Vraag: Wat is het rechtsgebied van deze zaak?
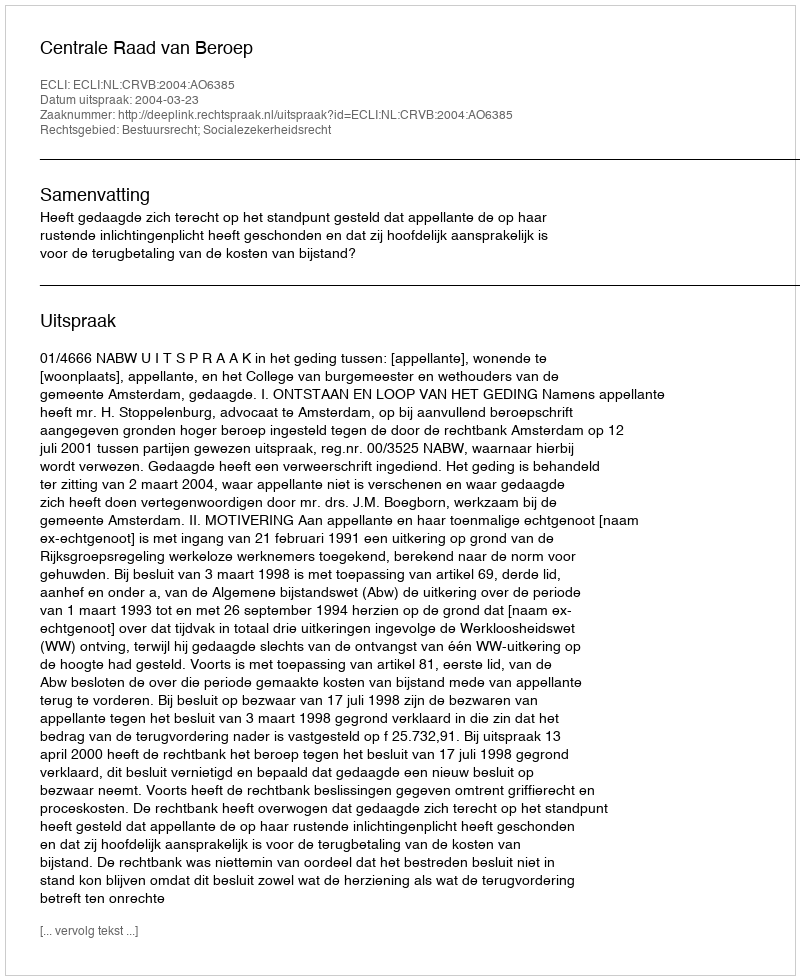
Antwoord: Bestuursrecht; Socialezekerheidsrecht